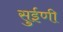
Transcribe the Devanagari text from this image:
सुईणी